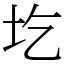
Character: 圪